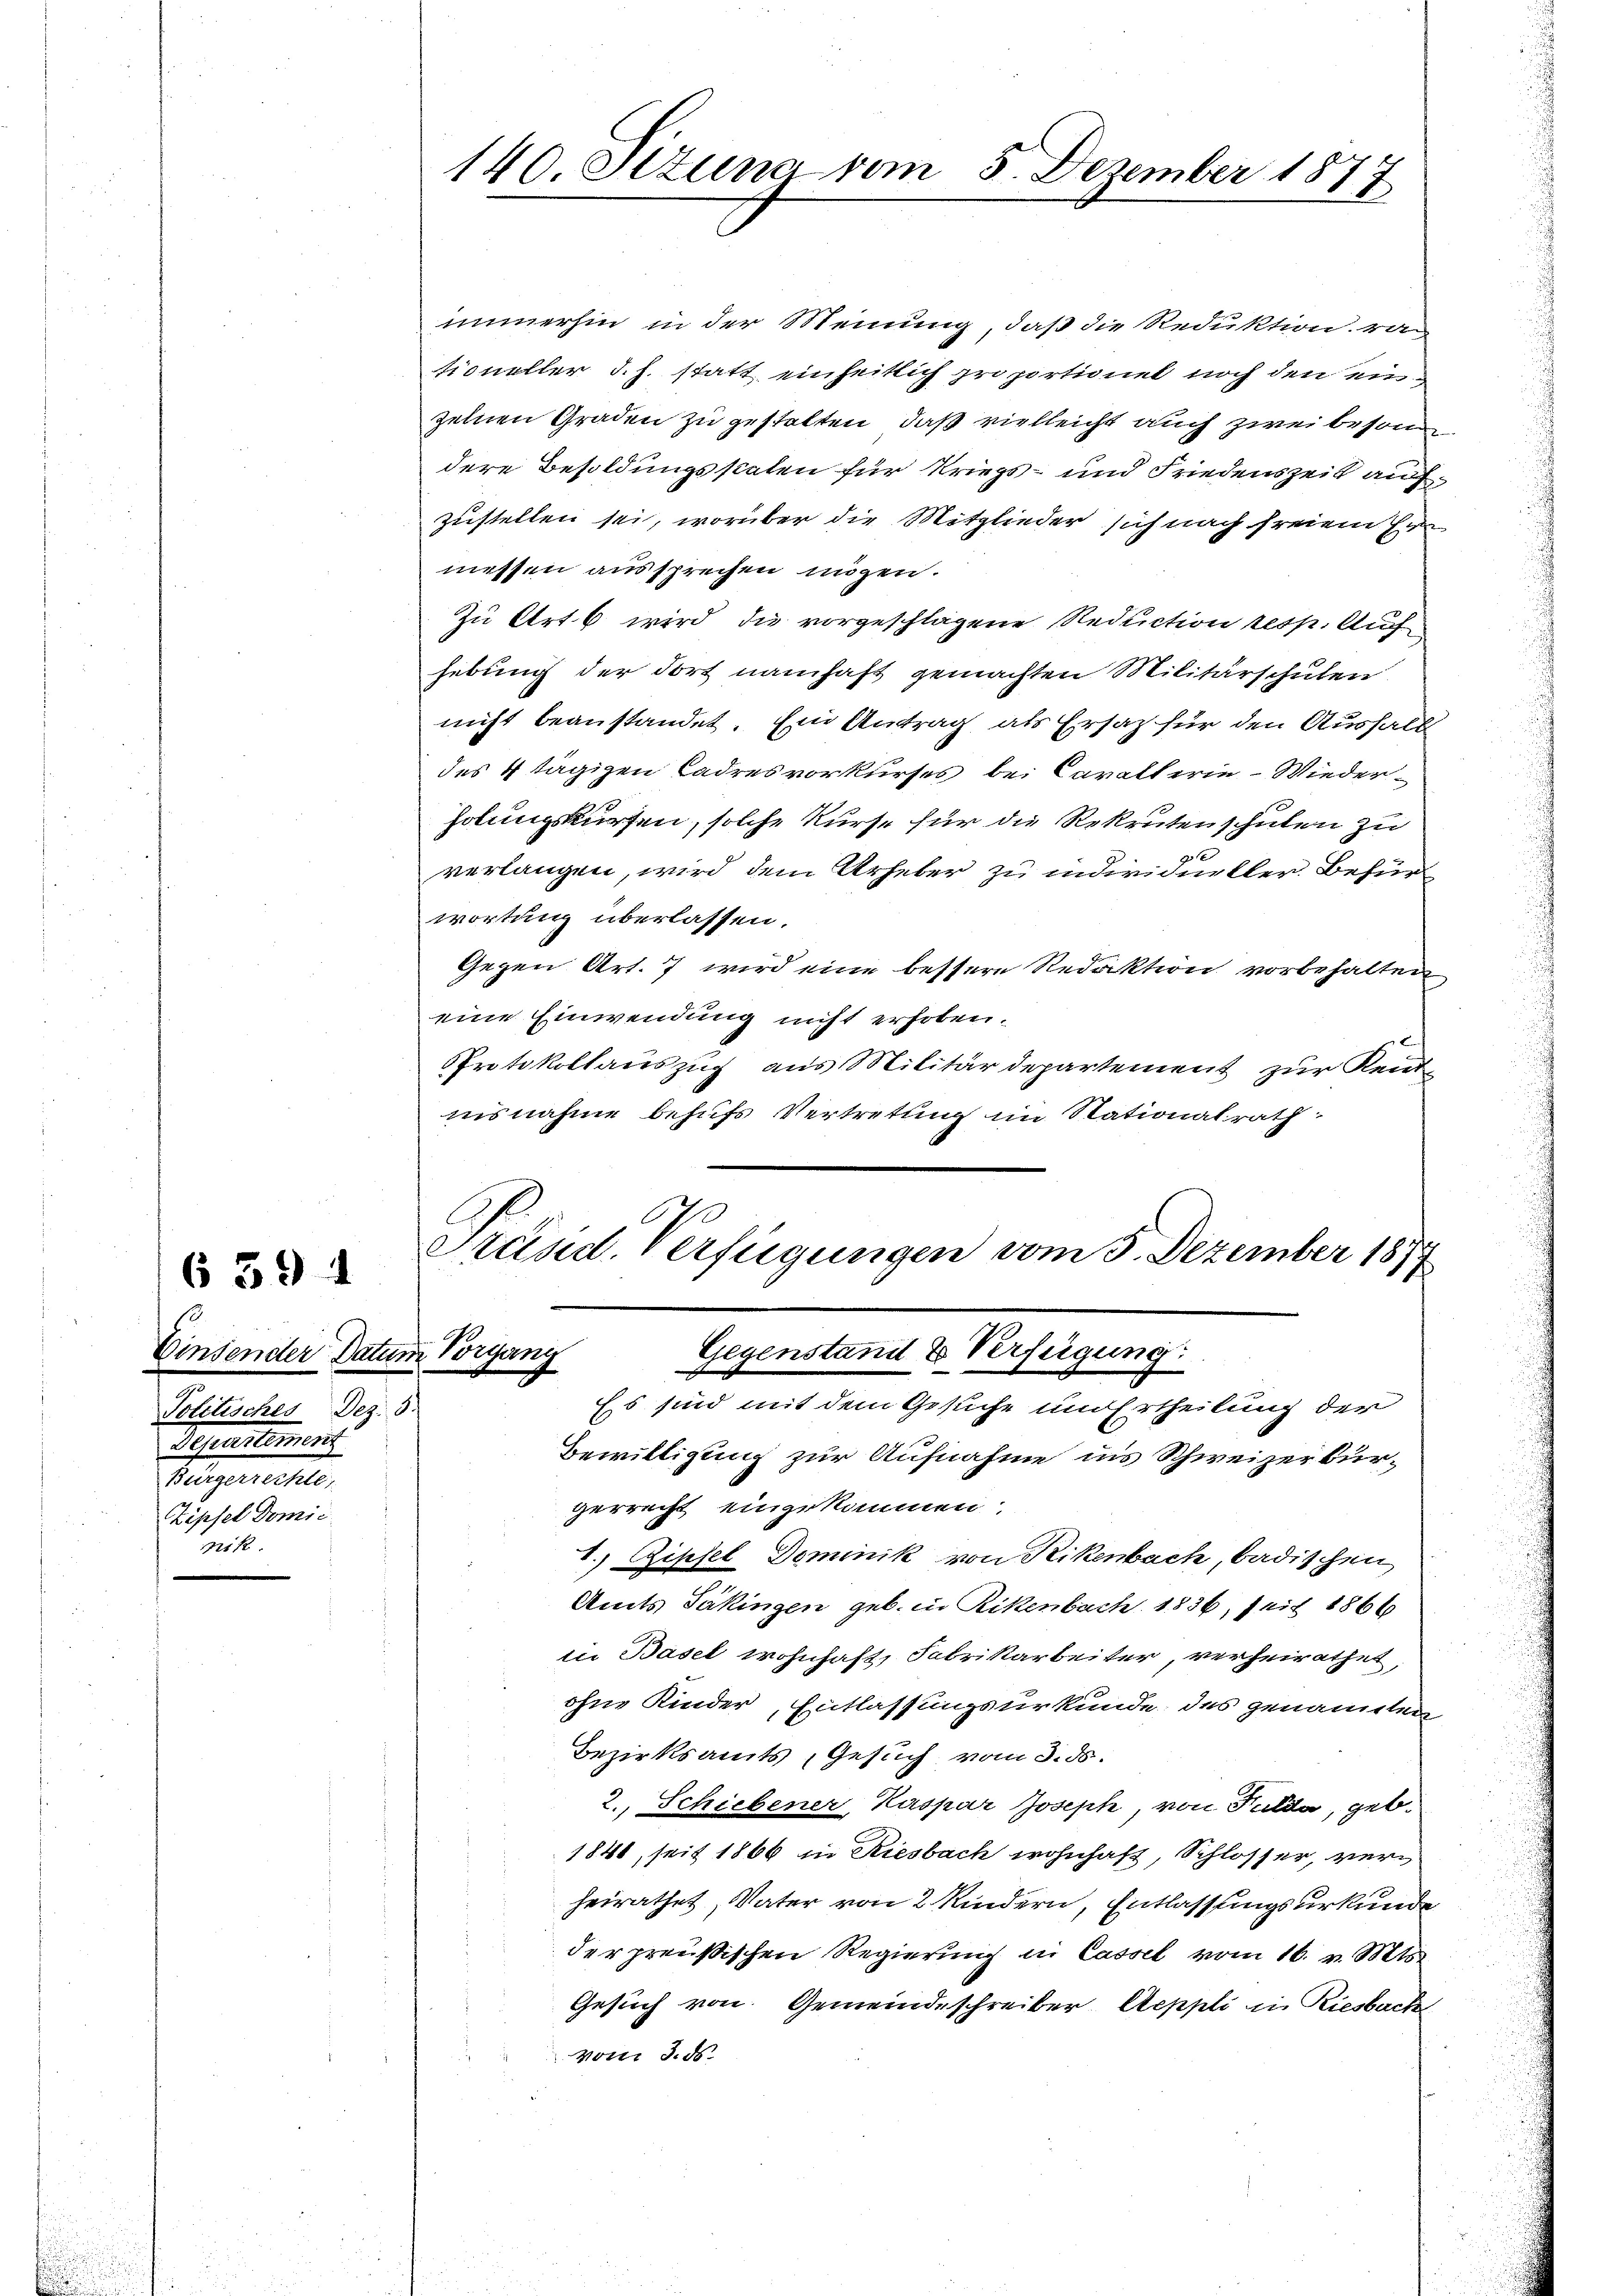
6 394

Einsender Datum Vorgang
Politisches Dez. 3.
Separtement
Aegerechte,
Zipfel Domic
nik.

immerhin in der Meinung, daß die Reduktion, ra
tioneller d. h. statt einheitlich proportionel noch den ein
zelnen Graden zu gestalten, daß vielleicht auch zwei besond
dere Besoldungsstaten für Kriegs- und Friedenszeit auf
zustellen sei, worüber die Mitglieder sich nach freiem Er
messen aussprechen mögen.
Zu Art. 6 wird die vorgeschlagene Reduction resp. Aufhebung der dort namhaft gemachten Militärschulen
nicht beanstandet. Ein Antrag als Ersatz für den Aushalt
des 4 tägigen Cadres vorkurses bei Cavallerie - Wieder¬
Hobungskursen, solche Kurse für die Rekruten schulen zu
verlangen, wird dem Urheber zu individueller Befürwortung überlassen.
Gegen Art. 7 wird eine bessere Redaktion vorbehalten
eine Einwendung nicht erhoben.
PProtokollauszug aus Militärdepartement zur Kend-
nisnahme behufs Vertretung im Stationalrath
Präsid. Verfügungen vom 3. Dezember 1874

140. Ottung vom 5. Dezember 1877

Gegenstand & Verfügung:
Es sind mit dem Gesuche und Ertheilung der

Bewilligung zur Aufnahme ins Schweizerbürgerrecht eingekommen.
1.) Gipfel Dominik von Rikenbach, badischen
Amts Säkingen geb. in Rikenbach 1836, seit 1866
iie Basel wohnhaft, Fabrikarbeiter, verheirathet,
ohne Kinder, Entlassungsurkunde des genannten
Bezirksamts Gesuch vom 3. ds.
2., Schiebener, Kaspar Joseph, von Fulda, geb.
1841, seit 1866 in Riesbach wohnhaft, Schlosser, verheirathet, Vater von 2 Kindern, Entlassungsurkunde
der preußischen Regierung in Cassel vom 16. v. Mts.
Gesuch von Gemeindeschreiber Aeppli in Riesbacke
vom 3. ds.